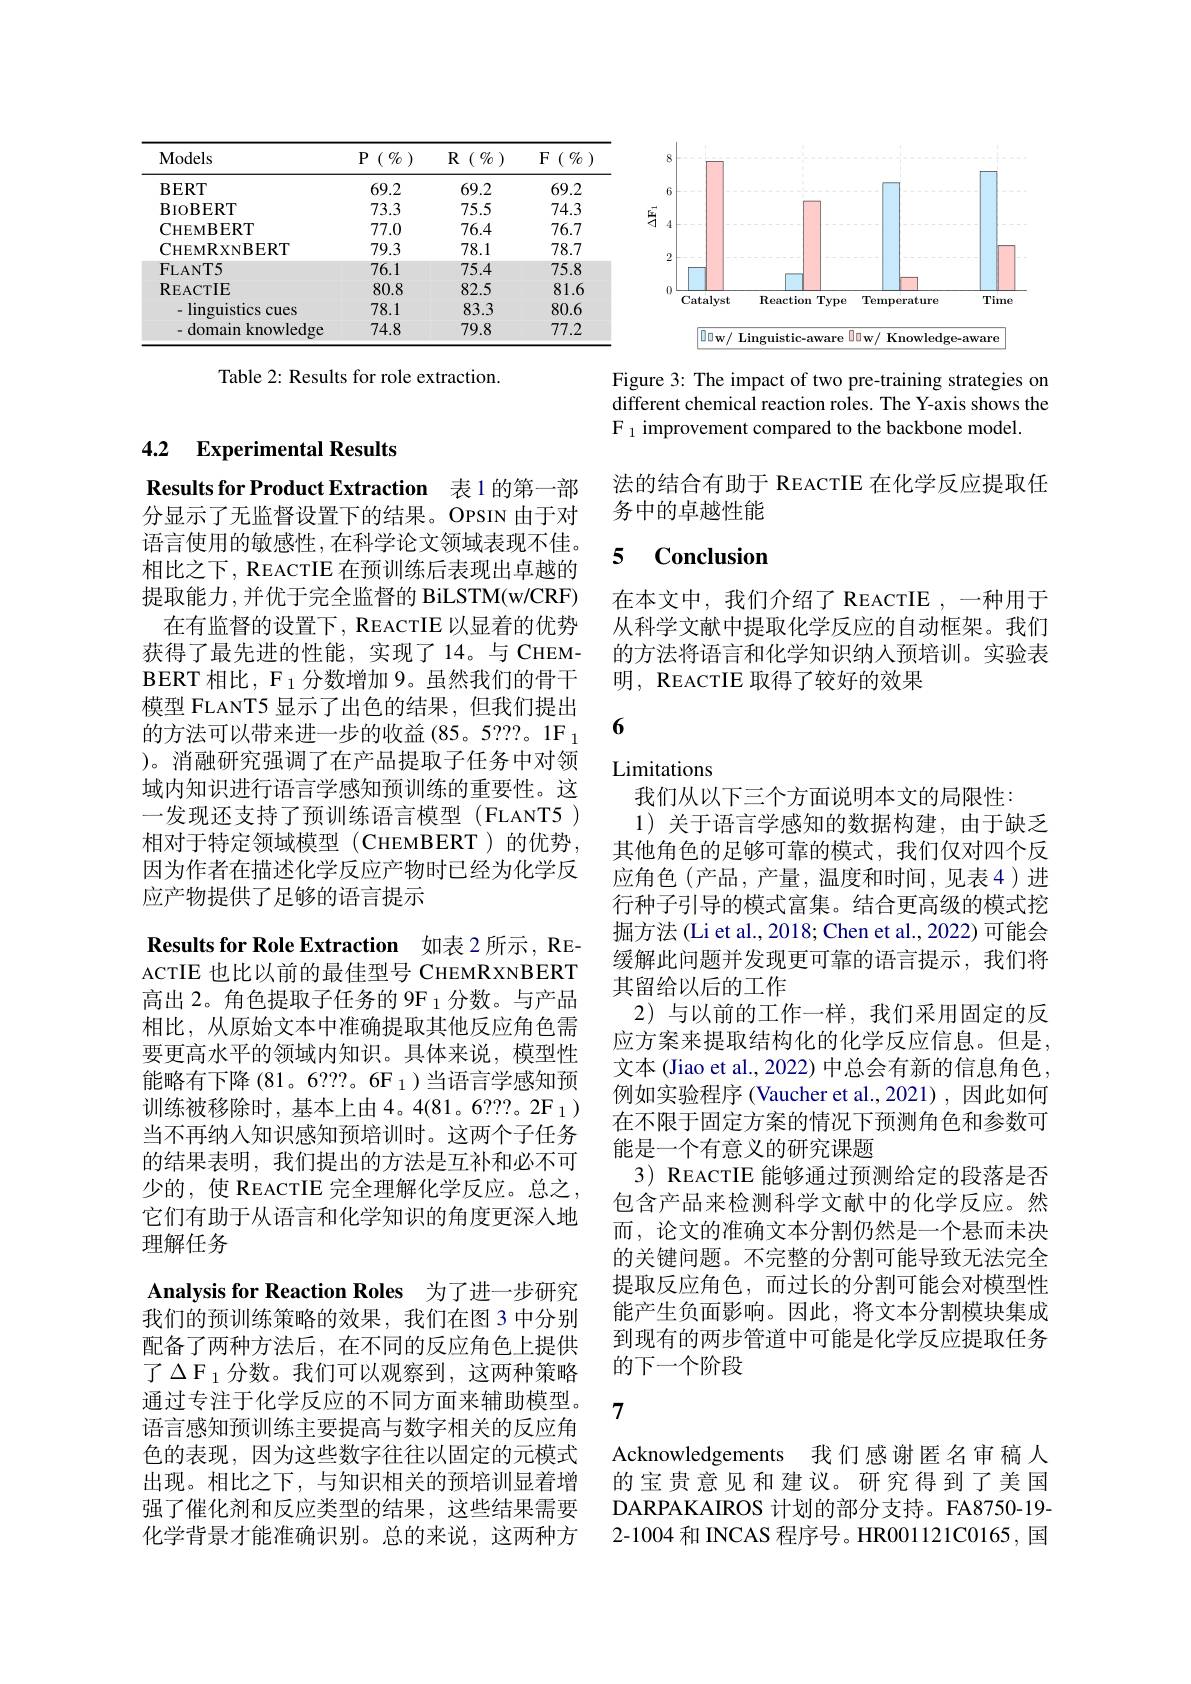
<table>
	<tbody>
		<tr>
			<th>Models</th>
			<th>$(\begin{smallmatrix}0&0\\0&0\end{smallmatrix})$ $P$</th>
			<th>$R(\begin{smallmatrix}0&0\\0&0\end{smallmatrix})$</th>
			<th>$F$ </th>
		</tr>
		<tr>
			<td>$\mathbf{BERT}$</td>
			<td>69.2</td>
			<td>69.2</td>
			<td>69.2</td>
		</tr>
		<tr>
			<td>BIOBERT</td>
			<td>73.3</td>
			<td>75.5</td>
			<td>74.3</td>
		</tr>
		<tr>
			<td>CHEMBERT</td>
			<td>77.0</td>
			<td>76.4</td>
			<td>76.7</td>
		</tr>
		<tr>
			<td>$\mathbf{C}_{\mathrm{HEMRXNBERT}}$</td>
			<td>79.3</td>
			<td>78.1</td>
			<td>78.7</td>
		</tr>
		<tr>
			<td>FLANT5</td>
			<td>76.1</td>
			<td>75.4</td>
			<td>75.8</td>
		</tr>
		<tr>
			<td>REACTIE</td>
			<td>80.8</td>
			<td>82.5</td>
			<td>81.6</td>
		</tr>
		<tr>
			<td>- linguistics cues</td>
			<td>78.1</td>
			<td>83.3</td>
			<td>80.6</td>
		</tr>
		<tr>
			<td>-domain knowledge</td>
			<td>74.8</td>
			<td>79.8</td>
			<td>77.2</td>
		</tr>
	</tbody>
</table>

Table 2: Results for role extraction.

4.2 Experimental Results

Results for Product Extraction 表1 的第一部

分显示了无监督设置下的结果。OPSIN 由于对语言使用的敏感性，在科学论文领域表现不佳。相比之下，REACTIE 在预训练后表现出卓越的提取能力，并优于完全监督的 BiLSTM(w/CRF)
在有监督的设置下，REACTIE 以显着的优势获得了最先进的性能，实现了14。与 CHEMBERT 相比，$\mathcal{F}_1$分数增加 9。虽然我们的骨干模型 FLANT5 显示了出色的结果，但我们提出的方法可以带来进一步的收益(85。5???。1F_1 )。消融研究强调了在产品提取子任务中对领域内知识进行语言学感知预训练的重要性。这一发现还支持了预训练语言模型(FLANT5) 相对于特定领域模型(CHEMBERT)的优势， 因为作者在描述化学反应产物时已经为化学反应产物提供了足够的语言提示

Results for Role Extraction 如表 2 所示 , RE-

ACTIE 也 比 以 前 的 最 佳 型 号 CHEMRXNBERT 高出 2。角色提取子任务的 9F 1 分数。与产品相比，从原始文本中准确提取其他反应角色需要更高水平的领域内知识。具体来说，模型性能略有下降(81。6???。6F_1)当语言学感知预训练被移除时，基本上由4。4(81。6???。2F_1) 当不再纳人知识感知预培训时。这两个子任务的结果表明，我们提出的方法是互补和必不可少的，使 REACTIE 完全理解化学反应。总之， 它们有助于从语言和化学知识的角度更深入地理解任务
Analysis for Reaction Roles 为了进一步研究我们的预训练策略的效果，我们在图 3 中分别配备了两种方法后，在不同的反应角色上提供了$\Delta\text{F}_{1}$分数。我们可以观察到，这两种策略通过专注于化学反应的不同方面来辅助模型。语言感知预训练主要提高与数字相关的反应角色的表现，因为这些数字往往以固定的元模式出现。相比之下，与知识相关的预培训显着增强了催化剂和反应类型的结果，这些结果需要化学背景才能准确识别。总的来说，这两种方

<FigureHere>

Figure 3: The impact of two pre-training strategies on different chemical reaction roles. The Y-axis shows the $\mathcal{F}_1$ improvement compared to the backbone model.

法的结合有助于 REACTIE 在化学反应提取任
务中的卓越性能

## 5 $\mathbf{Conclusion}$

在本文中，我们介绍了 REACTIE ,一种用于从科学文献中提取化学反应的自动框架。我们的方法将语言和化学知识纳人预培训。实验表明，REACTIE 取得了较好的效果

6

## Limitations

我们从以下三个方面说明本文的局限性：
1)关于语言学感知的数据构建，由于缺乏其他角色的足够可靠的模式，我们仅对四个反应角色(产品，产量，温度和时间，见表4)进行种子引导的模式富集。结合更高级的模式挖掘方法 (Li et al., 2018; Chen et al., 2022) 可能会缓解此问题并发现更可靠的语言提示，我们将其留给以后的工作
2)与以前的工作一样，我们采用固定的反应方案来提取结构化的化学反应信息。但是， 文本(Jiao et al., 2022) 中总会有新的信息角色， 例如实验程序 (Vaucher et al.,2021),因此如何在不限于固定方案的情况下预测角色和参数可能是一个有意义的研究课题
3) REACTIE 能够通过预测给定的段落是否包含产品来检测科学文献中的化学反应。然而，论文的准确文本分割仍然是一个悬而未决的关键问题。不完整的分割可能导致无法完全提取反应角色，而过长的分割可能会对模型性能产生负面影响。因此，将文本分割模块集成到现有的两步管道中可能是化学反应提取任务的下一个阶段

7

Acknowledgements 我们感谢匿名审稿人的宝贵意见和建议。研究得到了美国DARPAKAIROS 计划的部分支持。FA8750-19- 2-1004 和 INCAS 程序号。HR001121C0165, 国